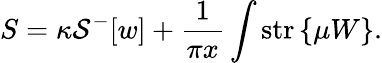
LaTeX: S=\kappa{\cal S}^{-}[w]+\frac{1}{\pi x}\int\mathrm{str}\left\{ \mu W\right\} .